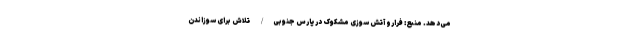
می‌دهد. منبع: فرارو آتش سوزی مشکوک در پارس جنوبی/ تلاش برای سوزاندن